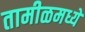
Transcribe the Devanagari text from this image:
तामीळमध्ये